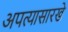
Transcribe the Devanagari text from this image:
अपत्यासारखे